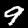
Label: 9